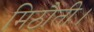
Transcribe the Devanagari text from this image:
मिठौती।